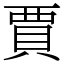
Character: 賈